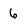
Character: 6